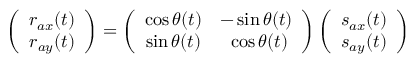
\left( \begin{array} { c } { r _ { a x } ( t ) } \\ { r _ { a y } ( t ) } \end{array} \right) = \left( \begin{array} { c c } { \cos \theta ( t ) } & { - \sin \theta ( t ) } \\ { \sin \theta ( t ) } & { \ \cos \theta ( t ) } \end{array} \right) \left( \begin{array} { c } { s _ { a x } ( t ) } \\ { s _ { a y } ( t ) } \end{array} \right)